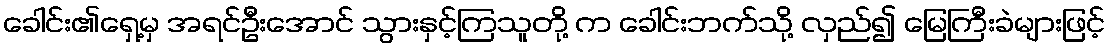
ခေါင်း၏ရှေ့မှ အရင်ဦးအောင် သွားနှင့်ကြသူတို့ က ခေါင်းဘက်သို့ လှည်၍ မြေကြီးခဲများဖြင့်